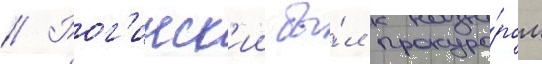
// Рог'инск'ии бы́л прокуро́ром